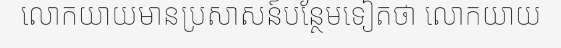
លោកយាយមានប្រសាសន៍បន្ថែមទៀតថា លោកយាយ